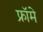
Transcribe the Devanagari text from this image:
फ्रॉमे